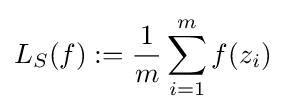
L_{S}(f):={1 \over m}\sum _{i=1}^{m}f(z_{i})